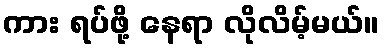
ကား ရပ်ဖို့ နေရာ လိုလိမ့်မယ်။